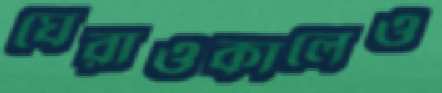
ঘেরাওকালেও